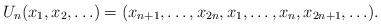
LaTeX: \begin{align*}U_n (x_1,x_2,\ldots) = (x_{n+1},\ldots,x_{2n}, x_1,\ldots,x_n, x_{2n+1},\ldots). \end{align*}